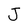
Character: J